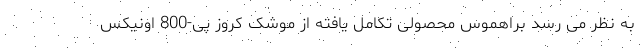
به نظر می رسد براهموس محصولی تکامل یافته از موشک کروز پی-800 اونیکس